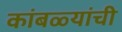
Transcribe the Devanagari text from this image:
कांबळ्यांची